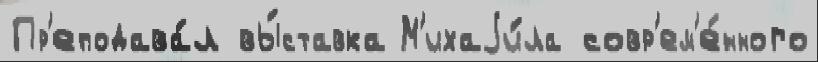
Пр'еподава́л вы́ставка М'ихаjи́ла совр'ем'е́нного